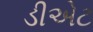
ડીએટ